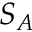
S _ { A }